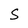
Character: S